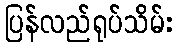
ပြန်လည်ရုပ်သိမ်း